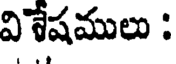
వి శేషములు :